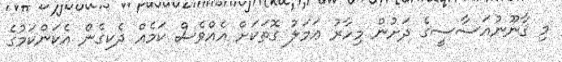
މި ޤާނޫނުއަސާސީގެ ދަށުން މިހާރު ޢަމަލު ގޮތަކަށް އެއްވެސް ކަމެއް ދެކިގެން އެކަންކަމުގެ